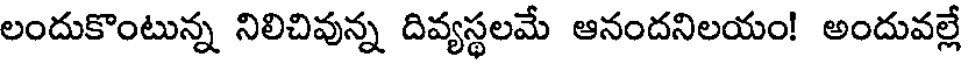
లందుకొంటున్న నిలిచివున్న దివ్యస్థలమే ఆనందనిలయం! అందువల్లే